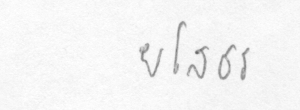
ยโสธร